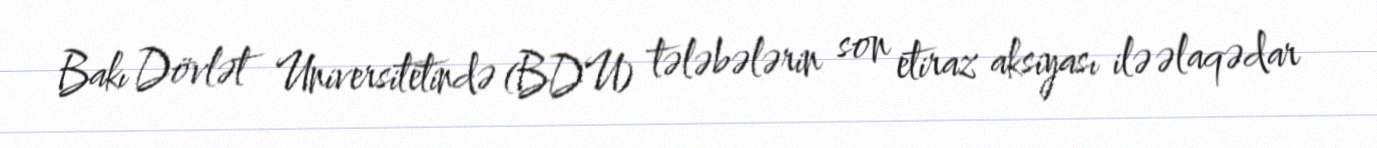
Bakı Dövlət Universitetində (BDU) tələbələrin son etiraz aksiyası ilə əlaqədar